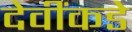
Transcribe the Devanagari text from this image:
देवींकडे